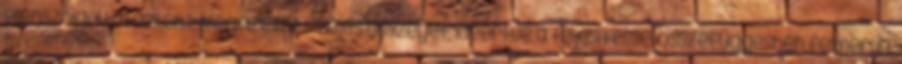
ellenszolgáltatásként megfizetett teljes összeget, ideértve a teljesítéssel összefüggésben felmerült